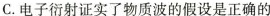
C. 电子衍射证实了物质波的假设是正确的